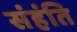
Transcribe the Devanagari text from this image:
संहंति